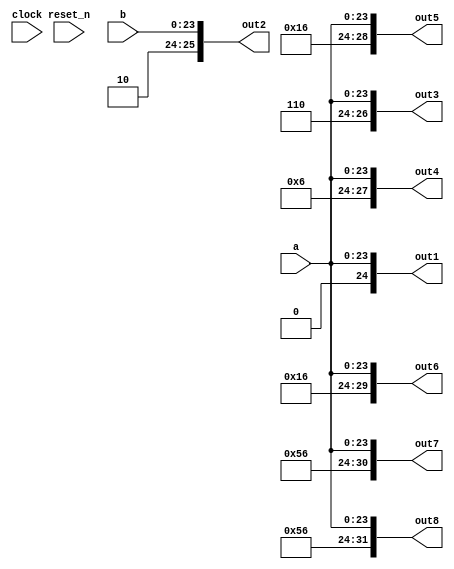
// DEFINES
`define BITS 32         // Bit width of the operands

module 	bm_lpm_concat(clock, 
		reset_n, 
		a, 
		b, 
		out1,
		out2,
		out3,
		out4,
		out5,
		out6,
		out7,
		out8,
);

// SIGNAL DECLARATIONS
input	clock;
input 	reset_n;

input [`BITS-9:0] a;
input [`BITS-9:0] b;

output [`BITS-8:0] out1;
output [`BITS-7:0] out2;
output [`BITS-6:0] out3;
output [`BITS-5:0] out4;
output [`BITS-4:0] out5;
output [`BITS-3:0] out6;
output [`BITS-2:0] out7;
output [`BITS-1:0] out8;

wire [`BITS-8:0]    out1;
wire [`BITS-7:0]    out2;
wire [`BITS-6:0]    out3;
wire [`BITS-5:0]    out4;
wire [`BITS-4:0]    out5;
wire [`BITS-3:0]    out6;
wire [`BITS-2:0]    out7;
wire [`BITS-1:0]    out8;

// ASSIGN STATEMENTS
assign out1 = {1'b0, a};
assign out2 = {1'b1, 1'b0, b}; 
assign out3 = {1'b1, 1'b1, out1};
assign out4 = {1'b0, out3};
assign out5 = {1'b1, out4};
assign out6 = {1'b0, out5};
assign out7 = {1'b1, out6};
assign out8 = {1'b0, out7};

endmodule